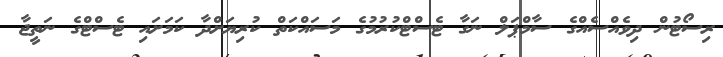
ރިސޯޓުން ދިވެއްސެއްގެ ސާމްޕަލް ނަގާ ޓެސްޓްކުރުމުގެ މަސައްކަތް ކުރިޔަށްދާ ކަމަށައި ޓެސްޓްގެ ނަތީޖާ